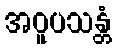
အဝူပသန္တံ